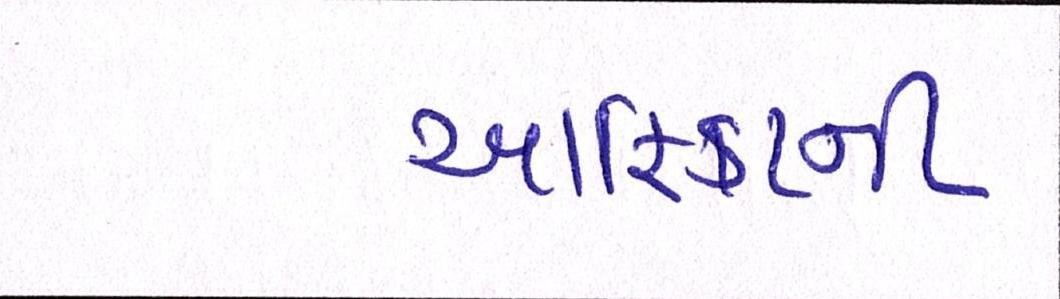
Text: આફ્રિકાની